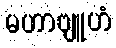
မဟာဗျူဟံ